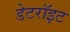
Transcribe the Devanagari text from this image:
डेटरॉइट